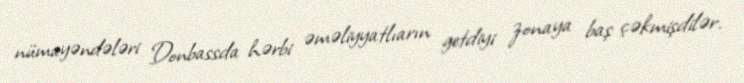
nümayəndələri Donbassda hərbi əməliyyatlıarın getdiyi zonaya baş çəkmişdilər.